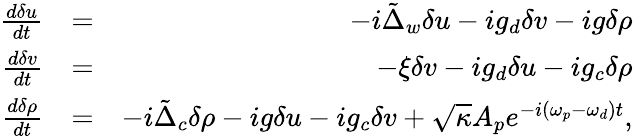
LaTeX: \begin{array}{rlr}{\frac{d\delta u}{dt}}&{=}&{-i\tilde{\Delta}_{w}\delta u-ig_{d}\delta v-ig\delta\rho}\\ {\frac{d\delta v}{dt}}&{=}&{-\xi\delta v-ig_{d}\delta u-ig_{c}\delta\rho}\\ {\frac{d\delta\rho}{dt}}&{=}&{-i\tilde{\Delta}_{c}\delta\rho-ig\delta u-ig_{c}\delta v+\sqrt{\kappa}A_{p}e^{-i(\omega_{p}-\omega_{d})t},}\end{array}